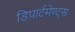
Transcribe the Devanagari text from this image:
डिपार्टमेण्ट्स